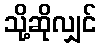
သို့ဆိုလျှင်